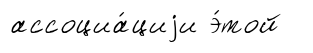
ассоциа́циjи э́той